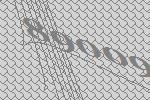
89009